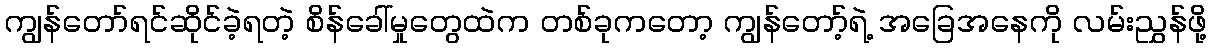
ကျွန်တော်ရင်ဆိုင်ခဲ့ရတဲ့ စိန်ခေါ်မှုတွေထဲက တစ်ခုကတော့ ကျွန်တော့်ရဲ့ အခြေအနေကို လမ်းညွှန်ဖို့